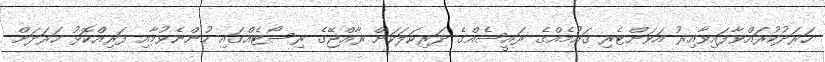
ހަރަދުކުރައްވާފައިވާއިރު އަވަށްޓެރި ގައުމެއްގެ ރައީސެއްގެ ދަރިކަލަކަށް ރާއްޖޭގެ ރިސޯޓެއްގައި ހުންނެވުމާއި ފަރިއްކޮޅު ހަރަދަށް